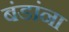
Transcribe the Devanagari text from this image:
बंडांना